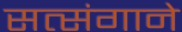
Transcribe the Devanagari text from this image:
सत्संगाने